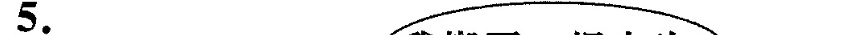
5.